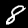
Digit: 8